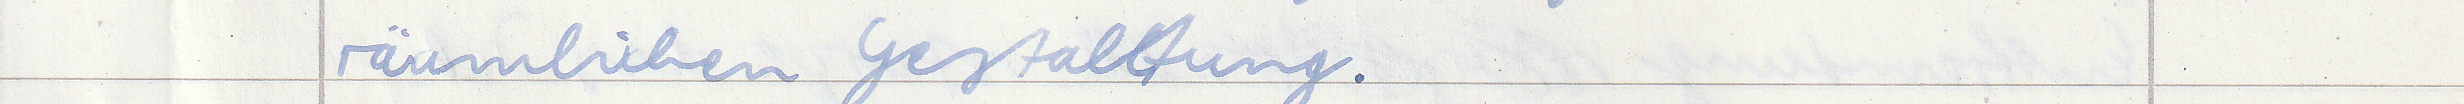
räumlichen Gestaltung.